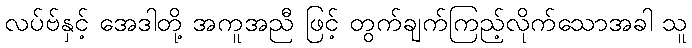
လပ်ဗ်နှင့် အေဒါတို့ အကူအညီ ဖြင့် တွက်ချက်ကြည့်လိုက်သောအခါ သူ